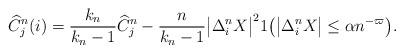
LaTeX: \begin{align*} \widehat{C}_j^n(i) = \frac{k_n}{k_n-1}\widehat{C}_j^n-\frac{n}{k_n-1}\bigl|\Delta_i^nX\bigr|^21\bigl(\bigl|\Delta_i^n X\bigr|\leq\alpha n^{-\varpi} \bigr).\end{align*}